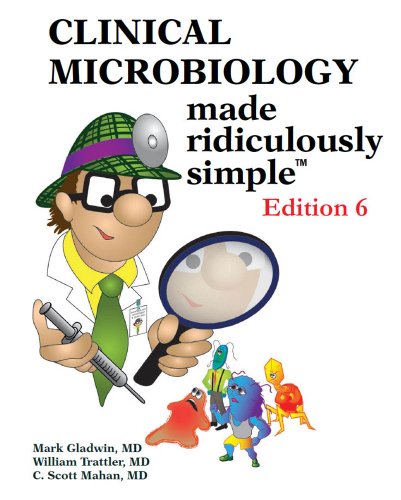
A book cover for Clinical Microbiology Made Ridiculously Simple (Ed. 6); Mark Gladwin; Medical Books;